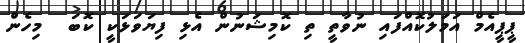
ޕީޕީއެމް އަމަލުކޮއްފައި ނުވާތީ ތި ކޮމިޝަނުން އެޅި ފިޔަވަޅަކީ ކޮބަ  މިހެން